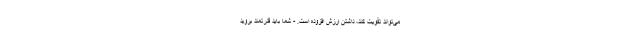
می‌تواند تقویت کند، داشتن ارزش افزوده است. - شما باید قدرتمند بروید